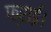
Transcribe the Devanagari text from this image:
फ्राई।